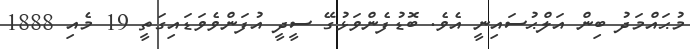
މުޙައްމަދު ބިން އަލްޙުސައިނީ އެވެ. ބޮޑުފެންވަޅުގޭ ސީދީ އުފަންވެވަޑައިގަތީ 19 މެއި 1888